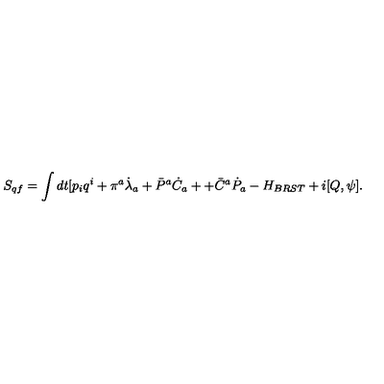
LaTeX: S _ { q f } = \int d t [ p _ { i } q ^ { i } + \pi ^ { a } \dot { \lambda } _ { a } + \bar { P } ^ { a } \dot { C } _ { a } + + \bar { C } ^ { a } \dot { P } _ { a } - H _ { B R S T } + i [ Q , \psi ] .